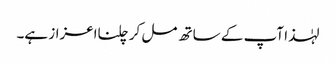
لہٰذا آپ کے ساتھ مل کر چلنااعزاز ہے۔